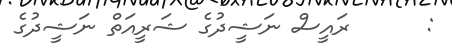
:      ރައީސް ނަޝީދުގެ ޝަރީއަތް ނަޝީދުގެ